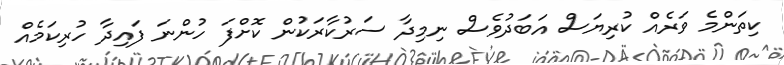
ކިތަންމެ ވަރެއް ކުރިޔަސް އަބަދުވެސް ނިމިދާ ސަރުކާރަކުން ކޮށްފަ ހުންނަ ފައިދާ ހުރިކަމެއް